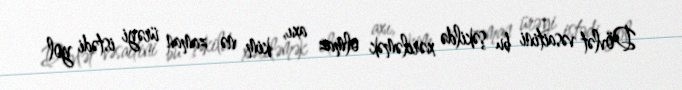
Dövlət vəsaitini bu şəkildə xərcləmək olmaz axı, kim nə zaman ürəyi istədi yol